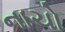
નાચો